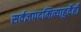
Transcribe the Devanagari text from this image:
सर्वज्ञपदमित्याहुर्देही